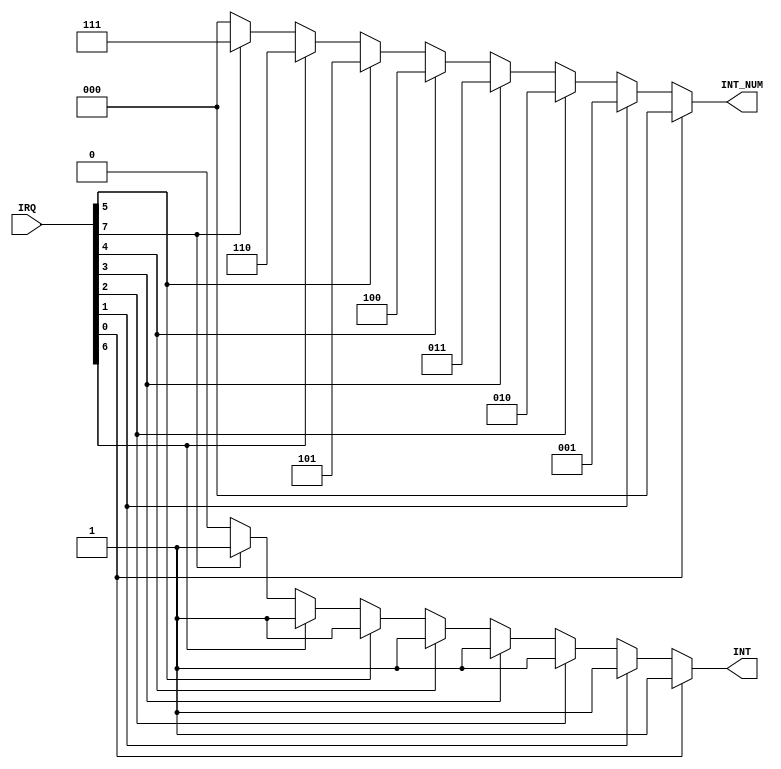
module PIC (IRQ, INT, INT_NUM);

input [7:0] IRQ;
output reg [0:0] INT;
output reg [2:0] INT_NUM;

always @ (*) begin 

    if (IRQ[0] == 1'b1) begin
        INT = 1'b1;
        INT_NUM = 3'd0;
    end
    else if (IRQ[1] == 1'b1) begin
        INT = 1'b1;
        INT_NUM = 3'd1;
    end
    else if (IRQ[2] == 1'b1) begin
        INT = 1'b1;
        INT_NUM = 3'd2;
    end
    else if (IRQ[3] == 1'b1) begin
        INT = 1'b1;
        INT_NUM = 3'd3;
    end
    else if (IRQ[4] == 1'b1) begin
        INT = 1'b1;
        INT_NUM = 3'd4;
    end
    else if (IRQ[5] == 1'b1) begin
        INT = 1'b1;
        INT_NUM = 3'd5;
    end
    else if (IRQ[6] == 1'b1) begin
        INT = 1'b1;
        INT_NUM = 3'd6;
    end
    else if (IRQ[7] == 1'b1) begin
        INT = 1'b1;
        INT_NUM = 3'd7;
    end
    else begin
        INT = 1'b0;
        INT_NUM = 3'b000; //if there is no interrupt INT_NUM is a dont care.
    end

end

endmodule